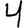
Digit: 4